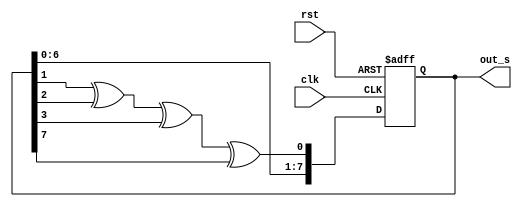
//    1  255
//   0x80 (128)

module LFSR (
	input clk,
	input rst,
	output wire [7:0] out_s
	);
    

    reg [7:0] shift;
    wire [7:0] shift_next;

    always @ (posedge clk, posedge rst) begin
        if (rst)
			begin
				shift <= 8'b1000_0000;
			end
        else
			begin
            shift <= shift_next;
			end
    end
	 
	assign in_s = shift[1] ^ shift[2] ^ shift[3] ^ shift[7];
    assign shift_next = {shift[6:0], in_s};
    assign out_s = shift;
endmodule